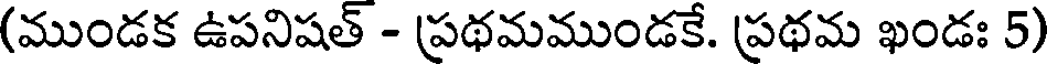
(ముండక ఉపనిషత్ - ప్రథమముండకే. ప్రథమ ఖండః 5)